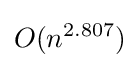
O(n^{2.807})